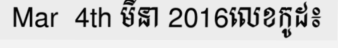
Mar  4th មីនា 2016លេខកូដ៖